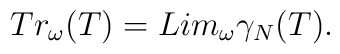
Tr_{\omega}(T)=Lim_{\omega}{\gamma}_N(T).